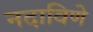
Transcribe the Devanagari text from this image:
नदाविणे